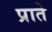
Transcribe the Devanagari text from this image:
प्राते